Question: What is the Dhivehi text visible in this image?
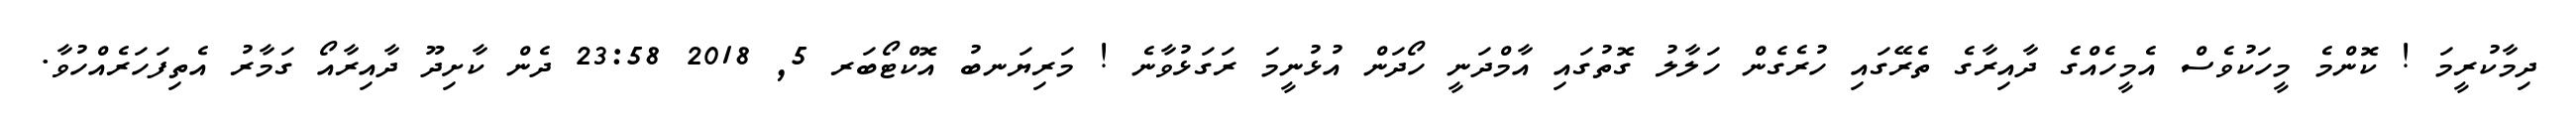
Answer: ދިމާކުރީމަ ! ކޮންމެ މީހަކުވެސް އެމީހެއްގެ ދާއިރާގެ ތެރޭގައި ހުރެގެން ހަލާލު ގޮތުގައި އާމްދަނީ ހޯދަން އުޅުނީމަ ރަގަޅުވާނެ ! މަރިޔަނބު އޮކްޓޯބަރ 5, 2018 23:58 ދެން ކާށިދޫ ދާއިރާއޯ ގަމާރު އެތިފަހަރެއްހުވާ.